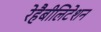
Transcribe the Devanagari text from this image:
रेहैबीलिटेशन